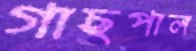
গাছপাল